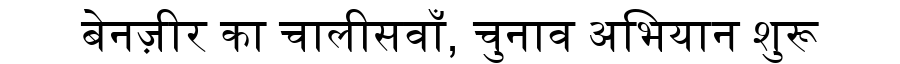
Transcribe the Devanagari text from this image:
बेनज़ीर का चालीसवाँ, चुनाव अभियान शुरू